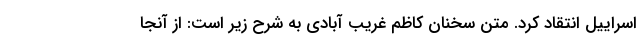
اسراییل انتقاد کرد. متن سخنان کاظم غریب آبادی به شرح زیر است: از آنجا